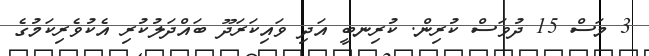
3 މަސް 15 ދުވަސް ކުރިން. ކުރިނބީ އަދި ވައިކަރަދޫ ބައްދަލުކުރި އެކުވެރިކަމުގެ